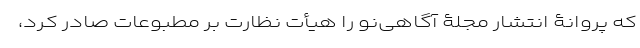
که پروانۀ انتشار مجلۀ آگاهی‌نو را هیأت نظارت بر مطبوعات صادر کرد،